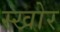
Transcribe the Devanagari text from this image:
स्खोर